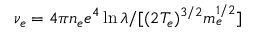
\nu _ { e } = 4 \pi n _ { e } e ^ { 4 } \ln \lambda / [ ( 2 T _ { e } ) ^ { 3 / 2 } m _ { e } ^ { 1 / 2 } ]